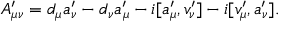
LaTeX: { \cal A } _ { \mu \nu } ^ { \prime } = d _ { \mu } a _ { \nu } ^ { \prime } - d _ { \nu } a _ { \mu } ^ { \prime } - i [ a _ { \mu } ^ { \prime } , v _ { \nu } ^ { \prime } ] - i [ v _ { \mu } ^ { \prime } , a _ { \nu } ^ { \prime } ] .